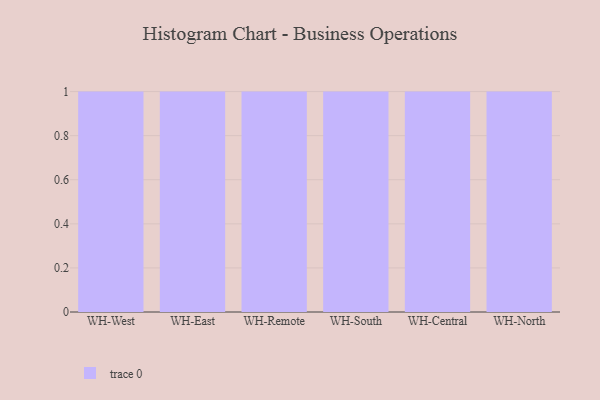
{"axis": {"x": "Warehouse", "y": "Website Visitors"}, "legend": [""], "data": [{"x": "WH-West", "y": 88, "type": ""}, {"x": "WH-East", "y": 55, "type": ""}, {"x": "WH-Remote", "y": 37, "type": ""}, {"x": "WH-South", "y": 48, "type": ""}, {"x": "WH-Central", "y": 88, "type": ""}, {"x": "WH-North", "y": 76, "type": ""}]}